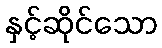
နှင့်ဆိုင်သော